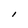
Character: I